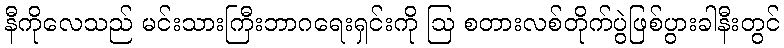
နီကိုလေသည် မင်းသားကြီးဘာဂရေးရှင်းကို ဩ စတားလစ်တိုက်ပွဲဖြစ်ပွားခါနီးတွင်